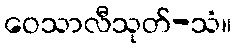
ဝေသာလီသုတ်-သံ။